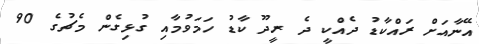
އޭނާއަށް ރައްކާޑު ދެއްކީ ދެ ރީދޫ ކާޑު ހަމަވުމާއި ގުޅިގެން މެޗުގެ 90